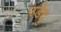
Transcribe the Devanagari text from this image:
नडेदु